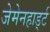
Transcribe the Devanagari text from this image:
जेमेनहार्ड्ट